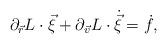
LaTeX: \begin{align*} \partial_{\vec r} L\cdot \vec\xi +\partial_{\vec v}L\cdot \dot {\vec\xi}= \dot f,\end{align*}